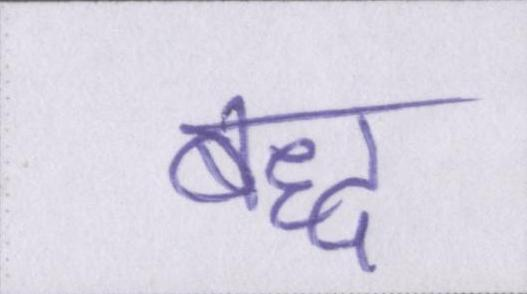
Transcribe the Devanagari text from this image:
बद्ध